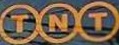
TNT